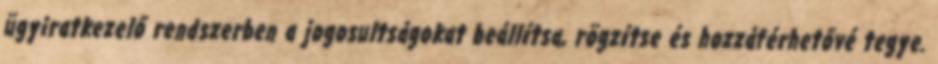
ügyiratkezelő rendszerben a jogosultságokat beállítsa, rögzítse és hozzáférhetővé tegye.